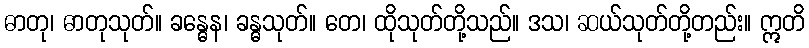
ဓာတု၊ ဓာတုသုတ်။ ခန္ဓေန၊ ခန္ဓသုတ်။ တေ၊ ထိုသုတ်တို့သည်။ ဒသ၊ ဆယ်သုတ်တို့တည်း။ ဣတိ